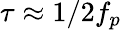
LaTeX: \tau\approx 1/2f_{p}